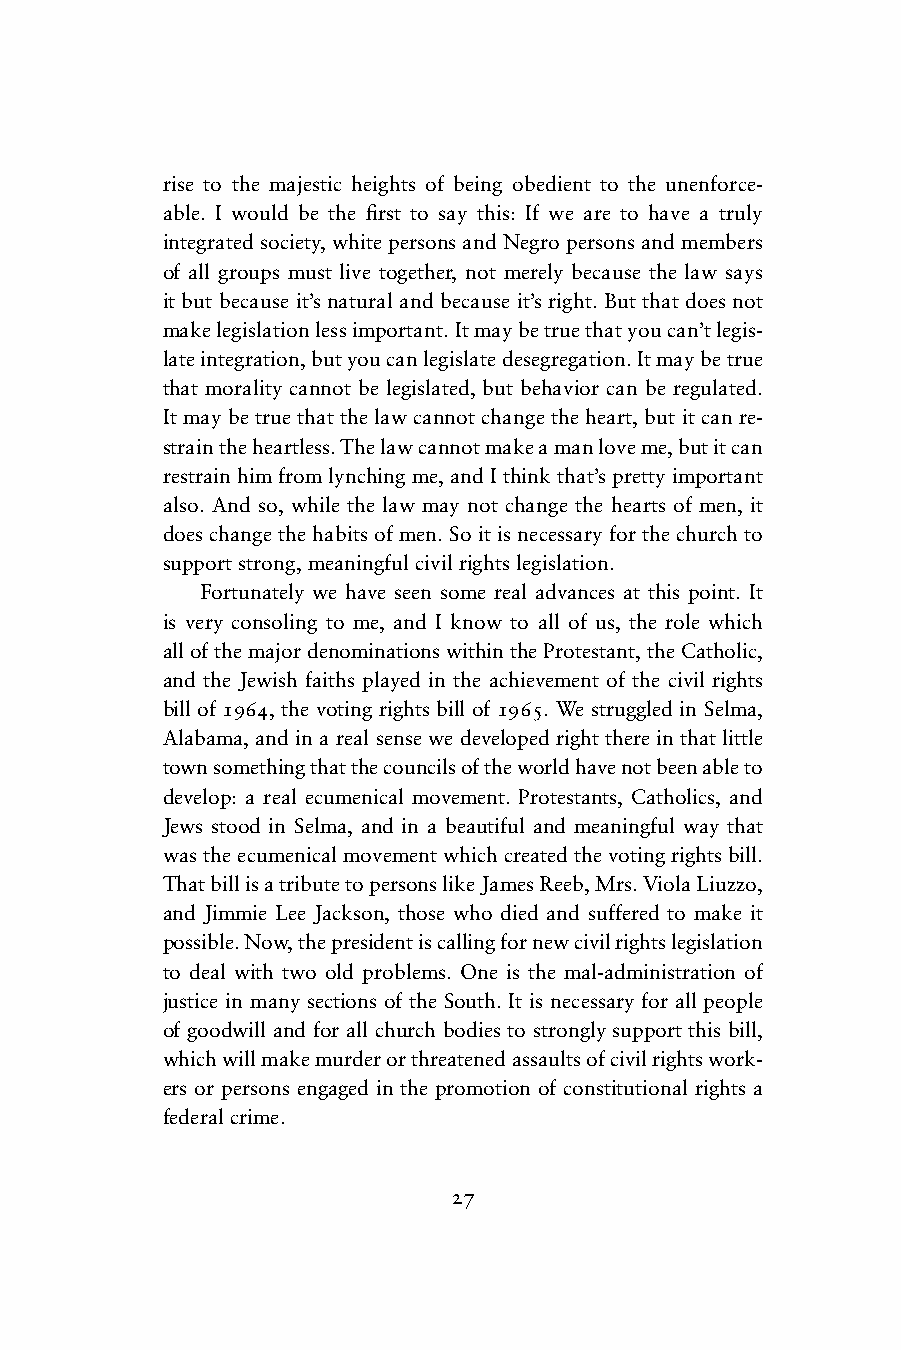
rise to the majestic heights of being obedient to the unenforce-
 able. I would be the fi rst to say this: If we are to have a truly
 integrated society, white persons and Negro persons and members
 of all groups must live together, not merely because the law says
 it but because it’s natural and because it’s right. But that does not
 make legislation less important. It may be true that you can’t legis-
 late integration, but you can legislate desegregation. It may be true
 that morality cannot be legislated, but behavior can be regulated.
 It may be true that the law cannot change the heart, but it can re-
 strain the heartless. The law cannot make a man love me, but it can
 restrain him from lynching me, and I think that’s pretty important
 also. And so, while the law may not change the hearts of men, it
 does change the habits of men. So it is necessary for the church to
 support strong, meaningful civil rights legislation.
 Fortunately we have seen some real advances at this point. It
 is very consoling to me, and I know to all of us, the role which
 all of the major denominations within the Protestant, the Catholic,
 and the Jewish faiths played in the achievement of the civil rights
 bill of 1964, the voting rights bill of 1965. We struggled in Selma,
 Alabama, and in a real sense we developed right there in that little
 town something that the councils of the world have not been able to
 develop: a real ecumenical movement. Protestants, Catholics, and
 Jews stood in Selma, and in a beautiful and meaningful way that
 was the ecumenical movement which created the voting rights bill.
 That bill is a tribute to persons like James Reeb, Mrs. Viola Liuzzo,
 and Jimmie Lee Jackson, those who died and suffered to make it
 possible. Now, the president is calling for new civil rights legislation
 to deal with two old problems. One is the mal-administration of
 justice in many sections of the South. It is necessary for all people
 of goodwill and for all church bodies to strongly support this bill,
 which will make murder or threatened assaults of civil rights work-
 ers or persons engaged in the promotion of constitutional rights a
 federal crime.
 27